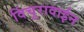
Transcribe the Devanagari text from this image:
विंचूरावाईन